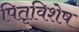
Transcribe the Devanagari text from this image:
पितृविशेष